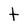
Character: t